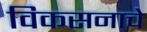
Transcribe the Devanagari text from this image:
विकसनाचे